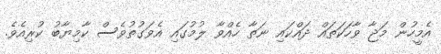
އެމީހުން މަޖާ ވާހަކަތައް ދައްކައި ނަތާ ހެއްވާ ލުމުގައި އެވަގުތުވެސް ކާމިޔާބު ކުރިއެވެ.